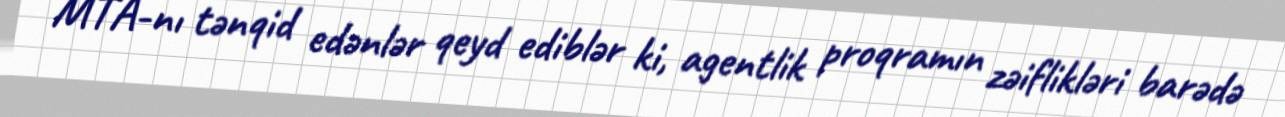
MTA-nı tənqid edənlər qeyd ediblər ki, agentlik proqramın zəiflikləri barədə